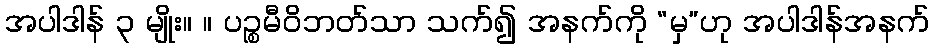
အပါဒါန် ၃ မျိုး။ ။ ပဉ္စမီဝိဘတ်သာ သက်၍ အနက်ကို “မှ”ဟု အပါဒါန်အနက်